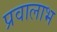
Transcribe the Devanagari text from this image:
प्रवालाभ